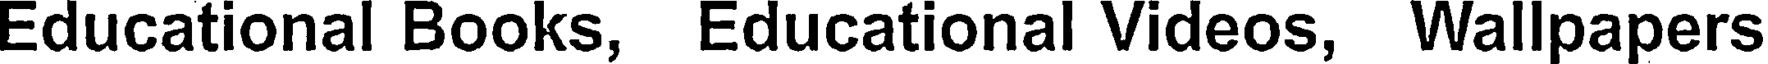
Educational Books, Educational Videos, Wallpapers